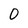
Character: 0